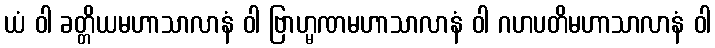
ယံ ဝါ ခတ္တိယမဟာသာလာနံ ဝါ ဗြာဟ္မဏမဟာသာလာနံ ဝါ ဂဟပတိမဟာသာလာနံ ဝါ